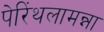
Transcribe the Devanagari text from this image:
पेरिंथलामन्ना